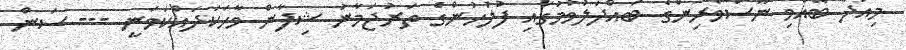
މިއަދު ބޭއްވި ނޫސްވެރިންގެ ބައްދަލުވުމުގައި ފުލުހުންގެ ތަރުޖަމާނު ޝިފާން ވާހަކަދައްކަވަނީ --- ސަން